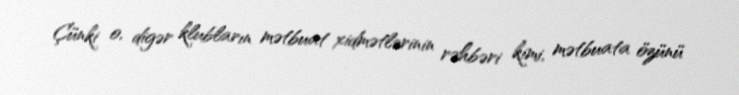
Çünki o, digər klubların mətbuat xidmətlərinin rəhbəri kimi, mətbuata özünü